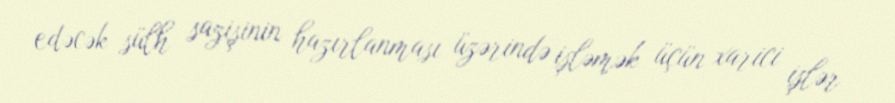
edəcək sülh sazişinin hazırlanması üzərində işləmək üçün xarici işlər